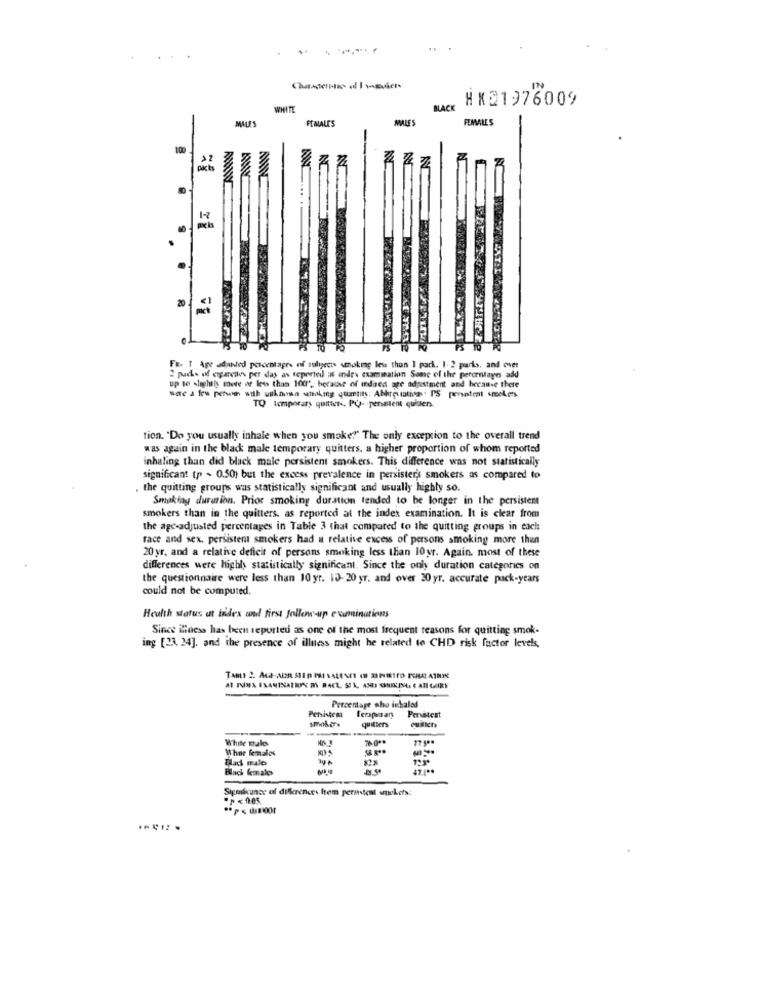
HX21976009
WHITE
BLACK
MALES
FEMALES
FEMALE'S
100
20
Fr. 1 Ape added percentage of subjects smoking less than 1 pack. 1. 2 parts, and over
puds of cigarcios per day as reported os andre examination Some of the percentage add
up to slightly more or less than 100', because of idaed age adaistment and because there
TQ temporary quitter. PO- pensBient quiuens.
tion. "Do you usually inhale when you smoke?" The only exception to the overall trend
was again in the black male temporary quitters, a higher proportion of whom reported
inhaling than did black male persistent smokers. This difference was not statistically
significant tp - 0.50) but the excess prevalence in persister's smokers as compared to
. the quitting groups was statistically significant and usually highly so.
Smoking duration. Prior smoking duration tended to be longer in the persistent
smokers than in the quitters. as reported at the index examination. It is clear from
the age-adjusted percentages in Table 3 that compared to the quitting groups in each
race and sex. persistent smokers had a relative excess of persons smoking more than
20yr, and a relative deficit of persons smoking less than 10yr. Again. most of these
differences were highly statistically significant. Since the only duration categories on
the questionnaire were less than 10 yr. 12- 20 yr. and over 30 yr. accurate pack-years
could not be computed.
Health status et index and first follow-up examinations
Since Maess has been reported as one of the most frequent reasons for quitting smok-
ing [23. 24], and the presence of illness might be related to CHD risk factor levels,
Persistent
Percentage who inbalad
smokers
Icopmany
quitiers
Penstest
--
White thales
76.0 **
77 5 **
Whne females
Blad maio
Black female
Sipadtuner of diserenurs from peranstent smokers: